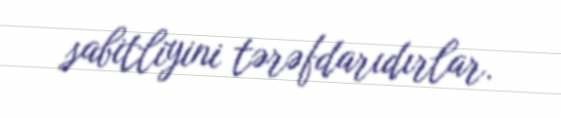
sabitliyini tərəfdarıdırlar.